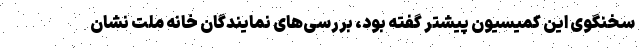
سخنگوی این کمیسیون پیشتر گفته بود، بررسی‌های نمایندگان خانه ملت نشان